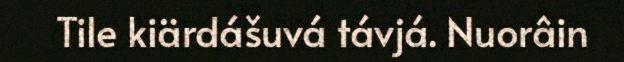
Tile kiärdášuvá távjá. Nuorâin